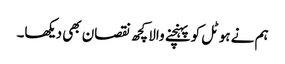
ہم نے ہوٹل کو پہنچنے والا کچھ نقصان بھی دیکھا۔